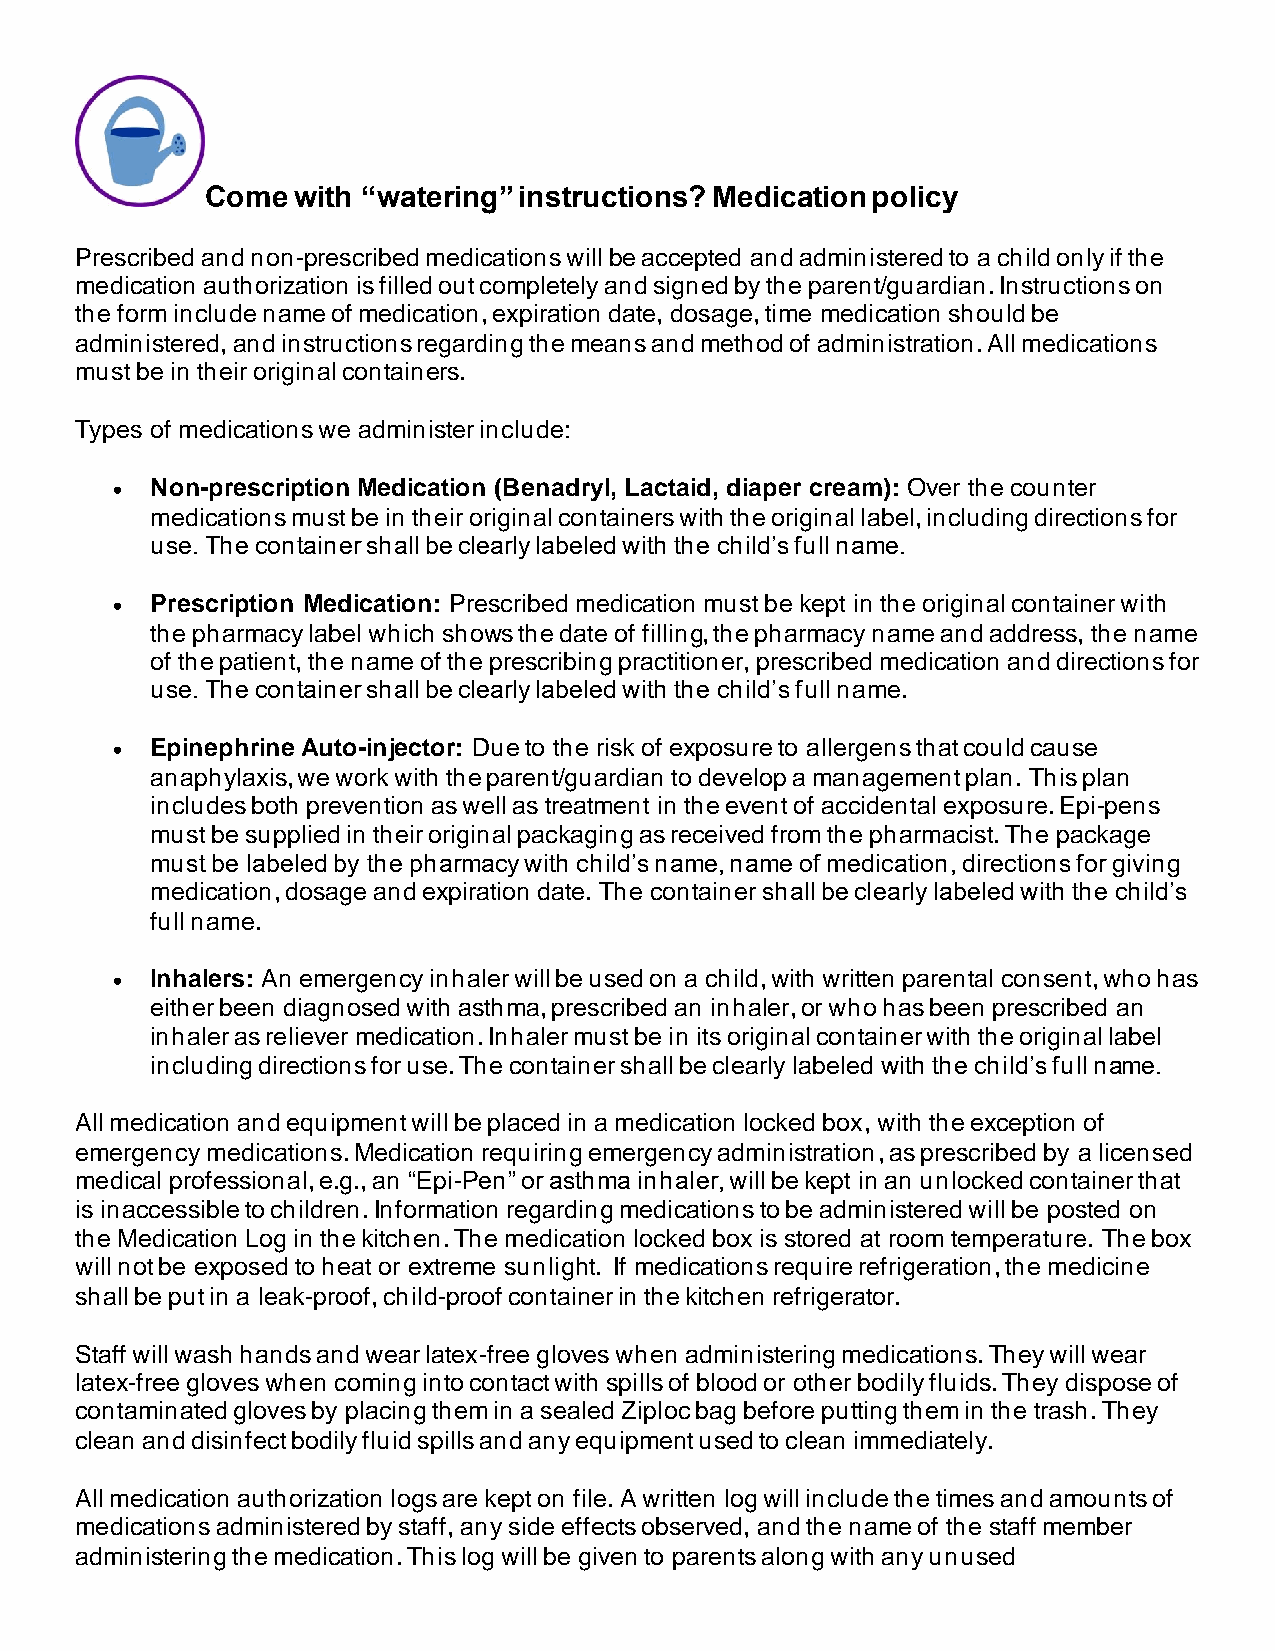
Come with “watering” instructions? Medication policy
 Prescribed and non-prescribed medications will be accepted and administered to a child only if the
 medication authorization is filled out completely and signed by the parent/guardian. Instructions on
 the form include name of medication, expiration date, dosage, time medication should be
 administered, and instructions regarding the means and method of administration. All medications
 must be in their original containers.
 Types of medications we administer include:
 •  Non-prescription Medication (Benadryl, Lactaid, diaper cream): Over the counter
 medications must be in their original containers with the original label, including directions for
 use. The container shall be clearly labeled with the child’s full name.
 •  Prescription Medication: Prescribed medication must be kept in the original container with
 the pharmacy label which shows the date of filling, the pharmacy name and address, the name
 of the patient, the name of the prescribing practitioner, prescribed medication and directions for
 use. The container shall be clearly labeled with the child’s full name.
 •  Epinephrine Auto-injector: Due to the risk of exposure to allergens that could cause
 anaphylaxis, we work with the parent/guardian to develop a management plan. This plan
 includes both prevention as well as treatment in the event of accidental exposure. Epi-pens
 must be supplied in their original packaging as received from the pharmacist. The package
 must be labeled by the pharmacy with child’s name, name of medication, directions for giving
 medication, dosage and expiration date. The container shall be clearly labeled with the child’s
 full name.
 •  Inhalers: An emergency inhaler will be used on a child, with written parental consent, who has
 either been diagnosed with asthma, prescribed an inhaler, or who has been prescribed an
 inhaler as reliever medication. Inhaler must be in its original container with the original label
 including directions for use. The container shall be clearly labeled with the child’s full name.
 All medication and equipment will be placed in a medication locked box, with the exception of
 emergency medications. Medication requiring emergency administration, as prescribed by a licensed
 medical professional, e.g., an “Epi-Pen” or asthma inhaler, will be kept in an unlocked container that
 is inaccessible to children. Information regarding medications to be administered will be posted on
 the Medication Log in the kitchen. The medication locked box is stored at room temperature. The box
 will not be exposed to heat or extreme sunlight. If medications require refrigeration, the medicine
 shall be put in a leak-proof, child-proof container in the kitchen refrigerator.
 Staff will wash hands and wear latex-free gloves when administering medications. They will wear
 latex-free gloves when coming into contact with spills of blood or other bodily fluids. They dispose of
 contaminated gloves by placing them in a sealed Ziploc bag before putting them in the trash. They
 clean and disinfect bodily fluid spills and any equipment used to clean immediately.
 All medication authorization logs are kept on file. A written log will include the times and amounts of
 medications administered by staff, any side effects observed, and the name of the staff member
 administering the medication. This log will be given to parents along with any unused